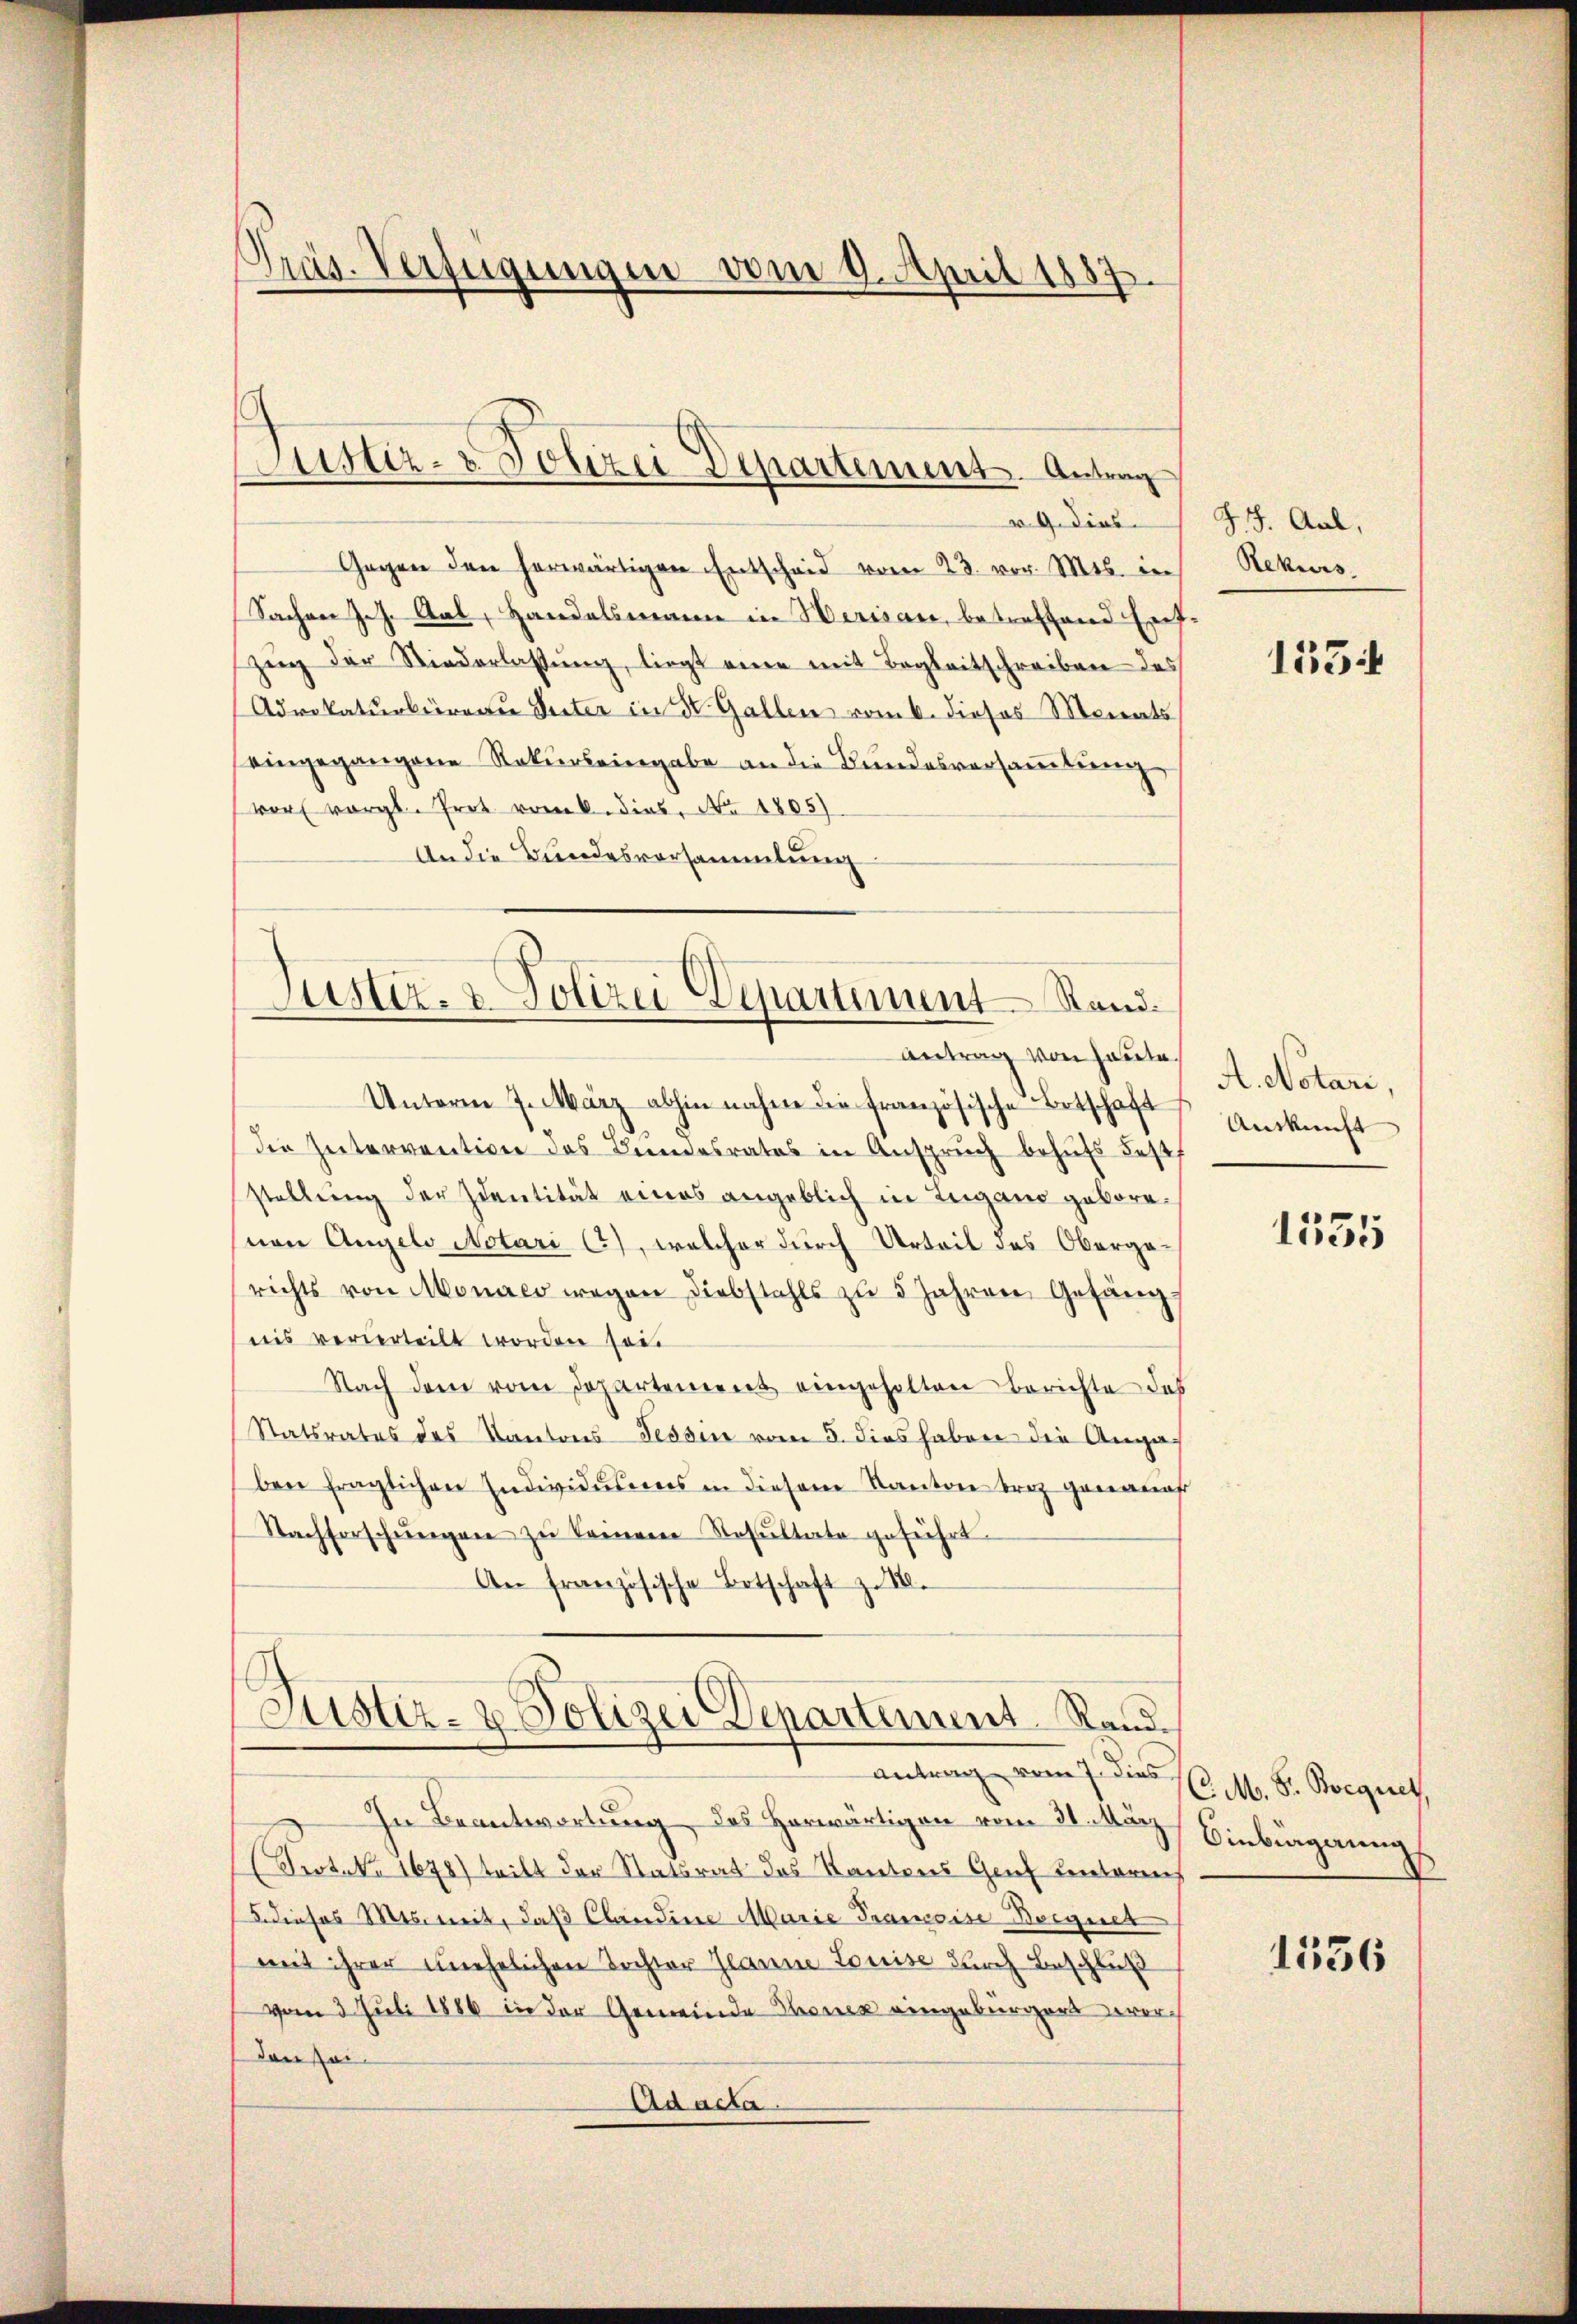
Präs. Verfügungen vom 9. April 1887.

v. 9. dies
Gegen den herwärtigen Entscheid vom 23. vor. Mts. in
Sachen Joh. Gal, Handelsmann in Herisau, betreffend Ent
Zeig der Niederlassŭng, liegt eine mit Begleitschreiben des
Advokaturbürger Seiter in Dr. Gallen vom 6. dieses Monats
eingegangene Rekurs eingabe an die Bundesversammlung
vor vergl. Prot vom 6. dies, No 1805)
An die Bundesversammlung
Justiz- & Polizei Departement Stand.

Justiz- & Polizei Departement. Antrag

Antrag von heute.

Unterm 7. März abhin nahme die französische Botschaft
die Intervention des Bundesrates in Ansprŭch behufs Fest,
stellung der Identität eines angeblich in Zugano geborenen Angelo Notari C), welcher durch Urteit des Obergarichts von Monats wegen Diebstahls zŭ 5 Jahren Gefäng
nis verderteilt worden soit
Nach dem vom Departement eingeholten berichte das
Statsrates des Kantons Tessin vom 5. dies haben die Angaben fraglichen Individuums in diesem Kanton beiz genannt
Nachforschŭngen zŭ kommene Resultate geführt.
An französische Botschaft zu 1.

Justiz- & Polizei Departement Rand.
d

Antrag vom 7. dies
In Beantwortung, das herwärtigen vom 31. März
(Frot. No 1678) teilt der Statsrat das Kantons Genf unterm
5. dieses Mts. mit, daß Candine Marie Prancoise Beignet
mit ihrer unehelichen Tochter Jeanne Louise durch Beschluß
vom 3. Juli 1886 in der Gemeinde Thonek eingebürgert vordenhei
Ad acta.

J. J. Aal,
Rekurs.
e

155

A. Notari,
Auskunft

1555

C. M. S. Boequet,
Oinbigerung

1536